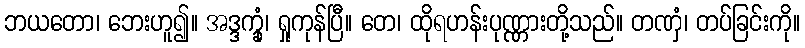
ဘယတော၊ ဘေးဟူ၍။ အဒ္ဒက္ခုံ၊ ရှုကုန်ပြီ။ တေ၊ ထိုရဟန်းပုဏ္ဏားတို့သည်။ တဏှံ၊ တပ်ခြင်းကို။